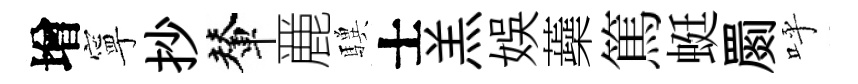
增寧抄輦䴡驥士羔娱蘃篤蜓罽呼